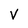
Character: V